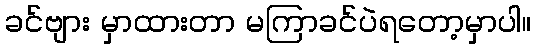
ခင်ဗျား မှာထားတာ မကြာခင်ပဲရတော့မှာပါ။